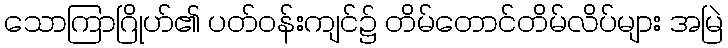
သောကြာဂြိုဟ်၏ ပတ်ဝန်းကျင်၌ တိမ်တောင်တိမ်လိပ်များ အမြဲ